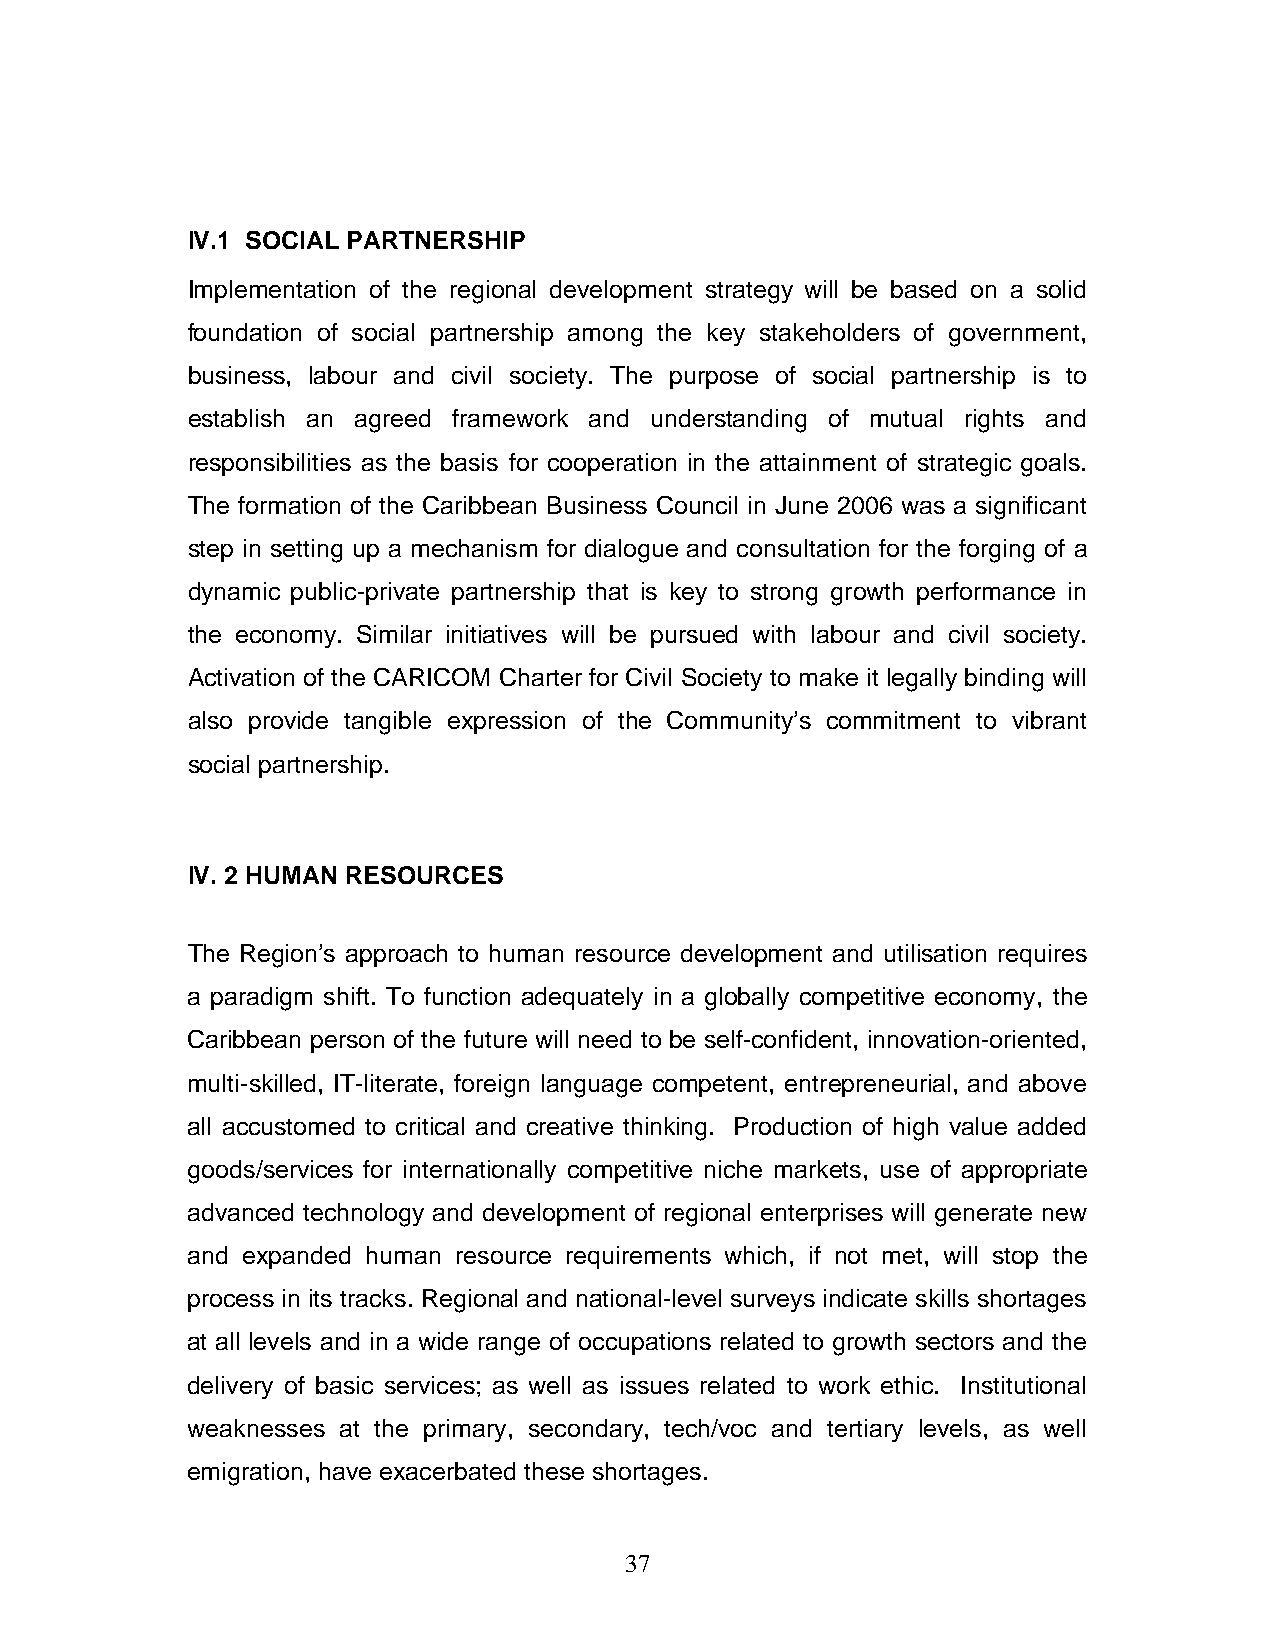
IV.1 SOCIAL PARTNERSHIP
 Implementation of the regional development strategy will be based on a solid
 foundation of social partnership among the key stakeholders of government,
 business, labour and civil society. The purpose of social partnership is to
 establish an agreed framework and understanding of mutual rights and
 responsibilities as the basis for cooperation in the attainment of strategic goals.
 The formation of the Caribbean Business Council in June 2006 was a significant
 step in setting up a mechanism for dialogue and consultation for the forging of a
 dynamic public-private partnership that is key to strong growth performance in
 the economy. Similar initiatives will be pursued with labour and civil society.
 Activation of the CARICOM Charter for Civil Society to make it legally binding will
 also provide tangible expression of the Community’s commitment to vibrant
 social partnership.
 IV. 2 HUMAN RESOURCES
 The Region’s approach to human resource development and utilisation requires
 a paradigm shift. To function adequately in a globally competitive economy, the
 Caribbean person of the future will need to be self-confident, innovation-oriented,
 multi-skilled, IT-literate, foreign language competent, entrepreneurial, and above
 all accustomed to critical and creative thinking. Production of high value added
 goods/services for internationally competitive niche markets, use of appropriate
 advanced technology and development of regional enterprises will generate new
 and expanded human resource requirements which, if not met, will stop the
 process in its tracks. Regional and national-level surveys indicate skills shortages
 at all levels and in a wide range of occupations related to growth sectors and the
 delivery of basic services; as well as issues related to work ethic. Institutional
 weaknesses at the primary, secondary, tech/voc and tertiary levels, as well
 emigration, have exacerbated these shortages.
 37